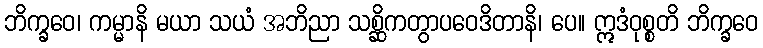
ဘိက္ခဝေ၊ ကမ္မာနိ မယာ သယံ အဘိညာ သစ္ဆိကတွာပဝေဒိတာနိ၊ ပေ။ ဣဒံဝုစ္စတိ ဘိက္ခဝေ